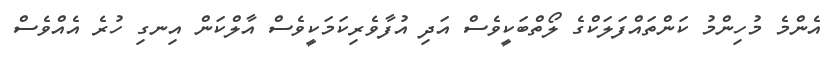
އެންމެ މުހިންމު ކަންތައްފަަލަކްގެ ލޯތްބަކީވެސް އަދި އުފާވެރިކަމަކީވެސް އާލްކަން އިނގި ހުރެ އެއްވެސް